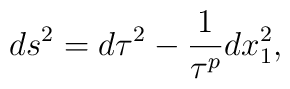
ds^2 = d\tau^2 - {1\over \tau^p} dx_1^2,